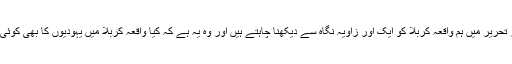
اس مختصر تحریر میں ہم واقعہ کربلا کو ایک اور زاویہ نگاہ سے دیکھنا چاہتے ہیں اور وہ یہ ہے کہ کیا واقعہ کربلا میں یہودیوں کا بھی کوئی کردار تھا؟